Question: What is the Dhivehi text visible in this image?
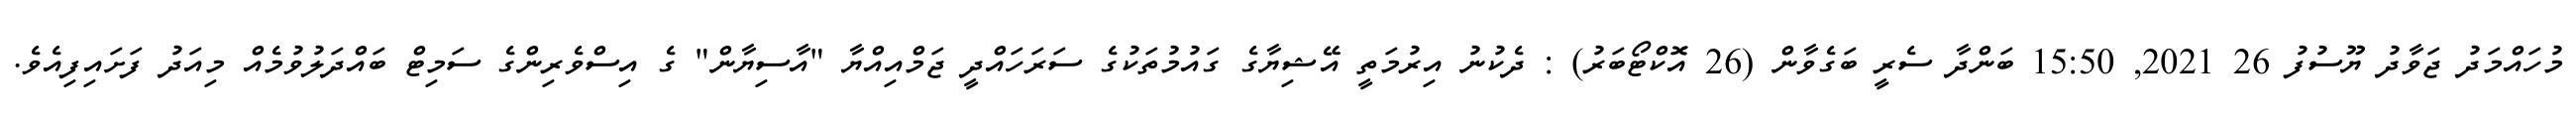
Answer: މުހައްމަދު ޖަވާދު ޔޫސުފު 26 2021, 15:50 ބަންދާ ސެރީ ބަގެވާން (26 އޮކްޓޯބަރު) : ދެކުނު އިރުމަތީ އޭޝިޔާގެ ގައުމުތަކުގެ ސަރަހައްދީ ޖަމްއިއްޔާ "އާސިޔާން" ގެ އިސްވެރިންގެ ސަމިޓް ބައްދަލުވުމެއް މިއަދު ފަށައިފިއެވެ.